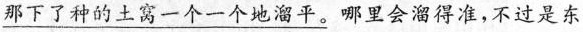
\underline{那下了种的土窝- 个地溜平。}哪里会溜得准，不过是东